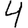
Digit: 4